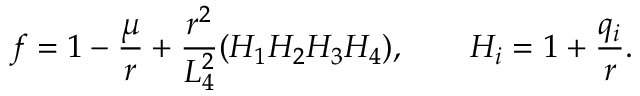
f = 1 - \frac { \mu } { r } + \frac { r ^ { 2 } } { L _ { 4 } ^ { 2 } } ( H _ { 1 } H _ { 2 } H _ { 3 } H _ { 4 } ) , ~ ~ ~ ~ ~ ~ H _ { i } = 1 + \frac { q _ { i } } { r } .